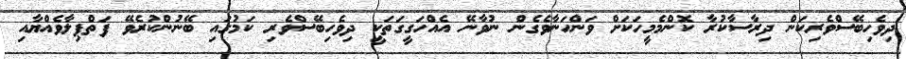
ދިވެހިބޭސްވެރިކަން ދިރާސާކުރާ ކޮންމެމީހަކަށް ވަންހަނާވެގެން ނުވާނޭ އެއްހަގީގަތަކީ ދިވެހިބޭސްވެރި ކަމުގައި ބޭނުންކުރެވޭ ފަތްޕިލާވެއްޔާއި